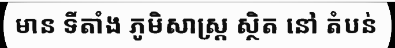
មាន ទីតាំង ភូមិសាស្ត្រ ស្ថិត នៅ តំបន់